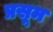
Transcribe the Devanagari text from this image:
प्रसूम